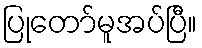
ပြုတော်မူအပ်ပြီ။